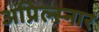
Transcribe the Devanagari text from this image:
अप्रिल्स्नार